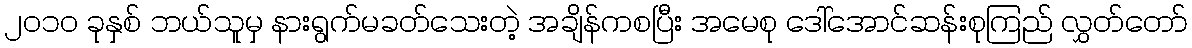
၂၀၁၀ ခုနှစ် ဘယ်သူမှ နားရွက်မခတ်သေးတဲ့ အချိန်ကစပြီး အမေစု ဒေါ်အောင်ဆန်းစုကြည် လွှတ်တော်